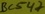
Text: BC547